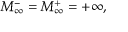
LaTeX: M _ { \infty } ^ { - } = M _ { \infty } ^ { + } = + \infty ,